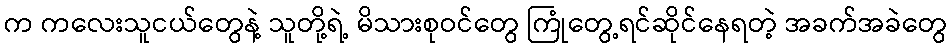
က ကလေးသူငယ်တွေနဲ့ သူတို့ရဲ့ မိသားစုဝင်တွေ ကြုံတွေ့ရင်ဆိုင်နေရတဲ့ အခက်အခဲတွေ